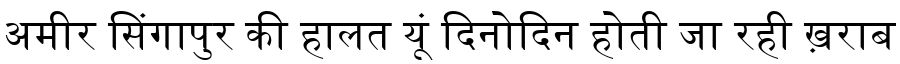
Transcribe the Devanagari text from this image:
अमीर सिंगापुर की हालत यूं दिनोदिन होती जा रही ख़राब